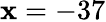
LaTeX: \mathbf{x}=-37